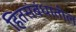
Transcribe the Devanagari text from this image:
हितसंबंधातील